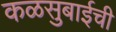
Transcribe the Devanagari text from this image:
कळसुबाईची